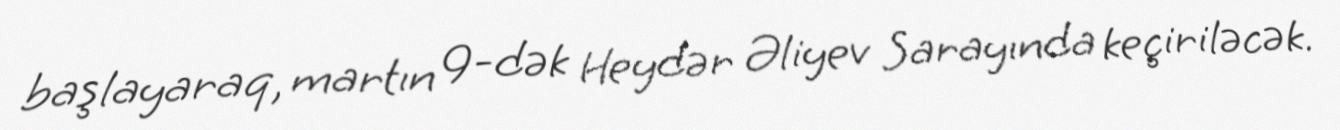
başlayaraq, martın 9-dək Heydər Əliyev Sarayında keçiriləcək.